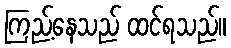
ကြည့်နေသည် ထင်ရသည်။